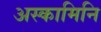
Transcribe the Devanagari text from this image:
अस्कामिनि